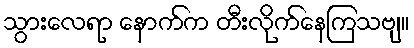
သွားလေရာ နောက်က တီးလိုက်နေကြသဗျ။